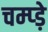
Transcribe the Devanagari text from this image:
चम्प्ड़े